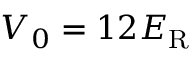
V _ { 0 } = 1 2 E _ { \mathrm { R } }